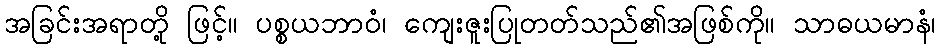
အခြင်းအရာတို့ ဖြင့်။ ပစ္စယဘာဝံ၊ ကျေးဇူးပြုတတ်သည်၏အဖြစ်ကို။ သာဓယမာနံ၊